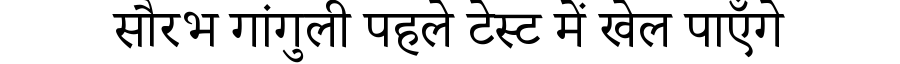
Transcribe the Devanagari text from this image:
सौरभ गांगुली पहले टेस्ट में खेल पाएँगे